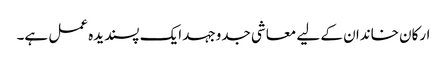
ارکان خاندان کے لیے معاشی جدوجہد ایک پسندیدہ عمل ہے۔